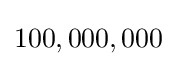
100,000,000